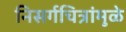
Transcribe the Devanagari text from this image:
निसर्गचित्रांमुळे